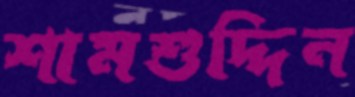
শামশুদ্দিন